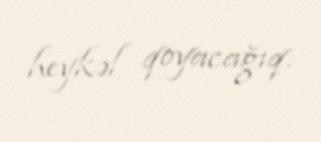
heykəl qoyacağıq.